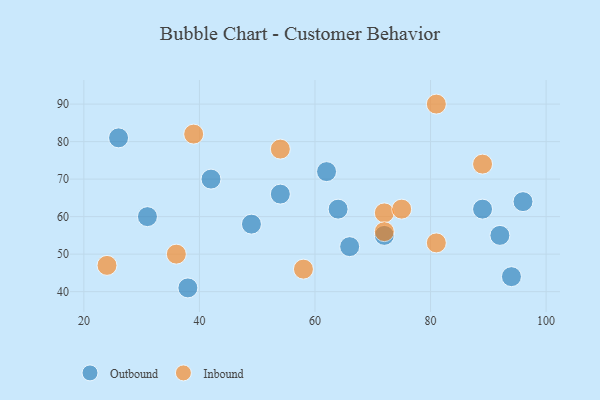
{"axis": {"x": "GDP", "y": "Life Expectancy"}, "legend": ["Inbound", "Outbound"], "data": [{"x": "89", "y": 62, "type": "Outbound"}, {"x": "31", "y": 60, "type": "Outbound"}, {"x": "54", "y": 66, "type": "Outbound"}, {"x": "49", "y": 58, "type": "Outbound"}, {"x": "94", "y": 44, "type": "Outbound"}, {"x": "66", "y": 52, "type": "Outbound"}, {"x": "38", "y": 41, "type": "Outbound"}, {"x": "26", "y": 81, "type": "Outbound"}, {"x": "64", "y": 62, "type": "Outbound"}, {"x": "62", "y": 72, "type": "Outbound"}, {"x": "96", "y": 64, "type": "Outbound"}, {"x": "92", "y": 55, "type": "Outbound"}, {"x": "72", "y": 55, "type": "Outbound"}, {"x": "42", "y": 70, "type": "Outbound"}, {"x": "72", "y": 61, "type": "Inbound"}, {"x": "89", "y": 74, "type": "Inbound"}, {"x": "58", "y": 46, "type": "Inbound"}, {"x": "54", "y": 78, "type": "Inbound"}, {"x": "72", "y": 56, "type": "Inbound"}, {"x": "36", "y": 50, "type": "Inbound"}, {"x": "39", "y": 82, "type": "Inbound"}, {"x": "81", "y": 53, "type": "Inbound"}, {"x": "24", "y": 47, "type": "Inbound"}, {"x": "75", "y": 62, "type": "Inbound"}, {"x": "81", "y": 90, "type": "Inbound"}]}